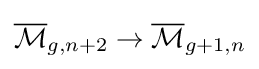
{\overline {\mathcal {M}}}_{g,n+2}\to {\overline {\mathcal {M}}}_{g+1,n}